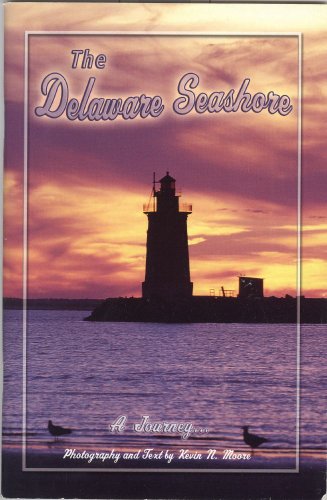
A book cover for The Delaware Seashore; Kevin N. Moore; Travel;